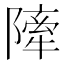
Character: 𨼀